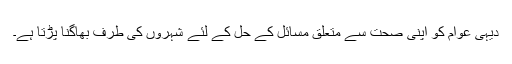
دیہی عوام کو اپنی صحت سے متعلق مسائل کے حل کے لئے شہروں کی طرف بھاگنا پڑتا ہے۔